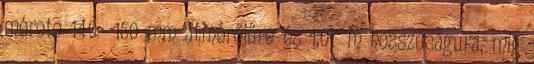
mérete 140 150 mm átmérőjűre és 1,07 m hosszúságúra, míg